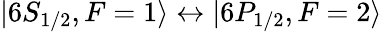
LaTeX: \lvert 6S_{1/2},F=1\rangle\leftrightarrow\lvert 6P_{1/2},F=2\rangle